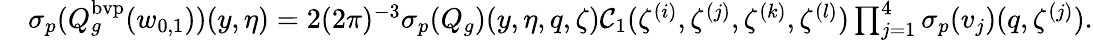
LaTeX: \begin{array}{rl}&{{{\sigma_{p}}}(Q_{g}^{\mathrm{bvp}}(w_{0,1}))(y,\eta)=2(2\pi)^{-3}{{\sigma_{p}}}(Q_{g})(y,\eta,q,\zeta)\mathcal{C}_{1}(\zeta^{(i)},\zeta^{(j)},\zeta^{(k)},\zeta^{(l)})\prod_{j=1}^{4}{{\sigma_{p}}}(v_{j})(q,\zeta^{(j)}).}\end{array}